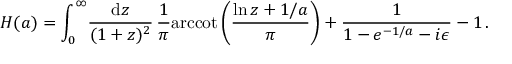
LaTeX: H ( a ) = \int _ { 0 } ^ { \infty } \! { \frac { \mathrm { d } z } { ( 1 + z ) ^ { 2 } } } \, { \frac { 1 } { \pi } } \mathrm { a r c c o t } \, \bigg ( { \frac { \ln z + 1 / a } { \pi } } \bigg ) + { \frac { 1 } { 1 - e ^ { - 1 / a } - i \epsilon } } - 1 \, .